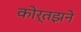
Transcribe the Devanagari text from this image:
कोर्तझने